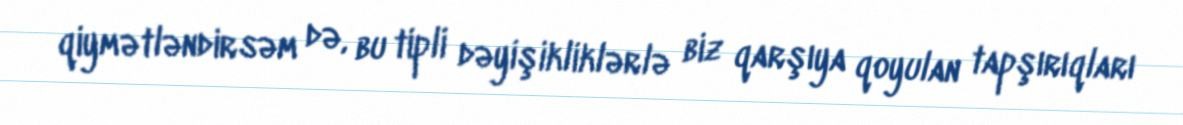
qiymətləndirsəm də, bu tipli dəyişikliklərlə biz qarşıya qoyulan tapşırıqları